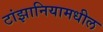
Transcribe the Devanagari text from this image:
टांझानियामधील